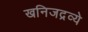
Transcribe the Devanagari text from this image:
खनिजद्रव्ये